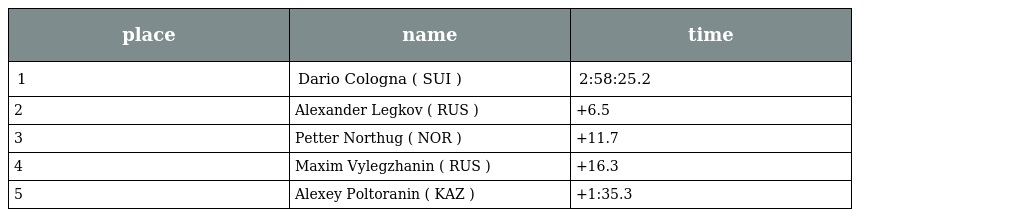
| place | name | time |
 | --- | --- | --- |
 | 1 | Dario Cologna ( SUI ) | 2:58:25.2 |
 | 2 | Alexander Legkov ( RUS ) | +6.5 |
 | 3 | Petter Northug ( NOR ) | +11.7 |
 | 4 | Maxim Vylegzhanin ( RUS ) | +16.3 |
 | 5 | Alexey Poltoranin ( KAZ ) | +1:35.3 |